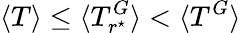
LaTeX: \langle T\rangle\leq\langle T_{r^{\star}}^{G}\rangle<\langle T^{G}\rangle